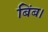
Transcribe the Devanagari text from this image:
बिंब।